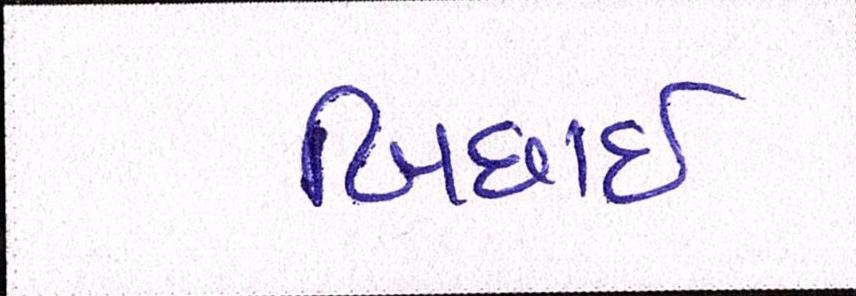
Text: બિછાઇ